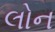
લોન